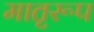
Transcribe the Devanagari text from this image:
मातृरूप